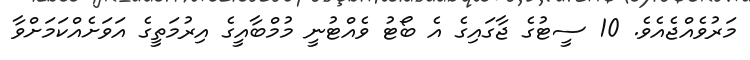
މަރުވެއްޖެއެވެ. 10 ސީޓުގެ ޖާގައިގެ އެ ބޯޓު ވެއްޓުނީ މުމްބާއީގެ އިރުމަތީގެ އަވަށެއްކަމަށްވާ